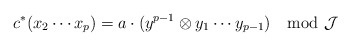
\begin{align*} c^*(x_2\cdots x_{p}) = a \cdot (y^{p-1} \otimes y_1\cdots y_{p-1}) \mod \mathcal J \end{align*}